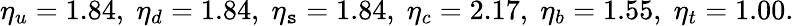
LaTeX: \eta_{u}=1.84,\; \eta_{d}=1.84,\; \eta_{\mathtt{s}}=1.84,\; \eta_{c}=2.17,\; \eta_{b}=1.55,\; \eta_{t}=1.00.